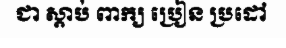
ជា ស្តាប់ ពាក្យ ប្រៀន ប្រដៅ